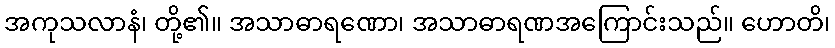
အကုသလာနံ၊ တို့၏။ အသာဓာရဏော၊ အသာဓာရဏအကြောင်းသည်။ ဟောတိ၊